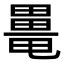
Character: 𤳍